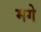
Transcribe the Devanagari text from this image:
मगे